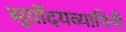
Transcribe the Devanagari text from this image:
सूर्योदयव्यापिनी